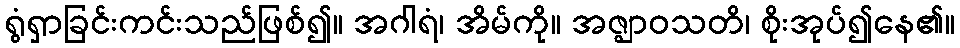
ရွံရှာခြင်းကင်းသည်ဖြစ်၍။ အဂါရံ၊ အိမ်ကို။ အဇ္ဈာဝသတိ၊ စိုးအုပ်၍နေ၏။